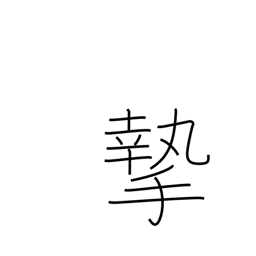
Meaning: seriousness